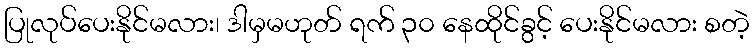
ပြုလုပ်ပေးနိုင်မလား၊ ဒါမှမဟုတ် ရက် ၃၀ နေထိုင်ခွင့် ပေးနိုင်မလား စတဲ့